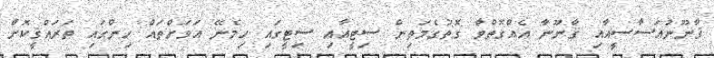
ޤާނޫނުއަސާސީއާއި ޤާނޫނާ އެއްގޮތްވާ ގޮތުގެމަތިން ސިޓީއާއި ސިޓީގައި ހިމެނޭ އަވަށްތައް ހިންގައި ތަރައްޤީކޮށް